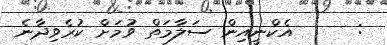
:      އެކްނީއިން ސަލާމަތް ވުމަށް ކުރެވިދާނެ